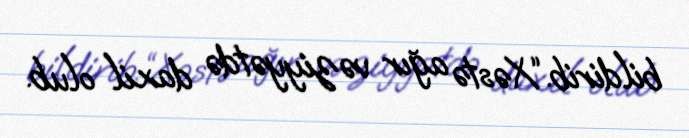
bildirib.“Xəstə ağır vəziyyətdə daxil olub.